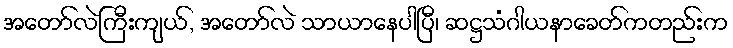
အတော်လဲကြီးကျယ်, အတော်လဲ သာယာနေပါပြီ၊ ဆဋ္ဌသံဂါယနာခေတ်ကတည်းက